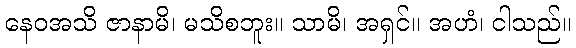
နေဝအသိ ဇာနာမိ၊ မသိစဘူး။ သာမိ၊ အရှင်။ အဟံ၊ ငါသည်။